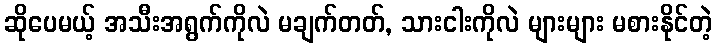
ဆိုပေမယ့် အသီးအရွက်ကိုလဲ မချက်တတ်, သားငါးကိုလဲ များများ မစားနိုင်တဲ့